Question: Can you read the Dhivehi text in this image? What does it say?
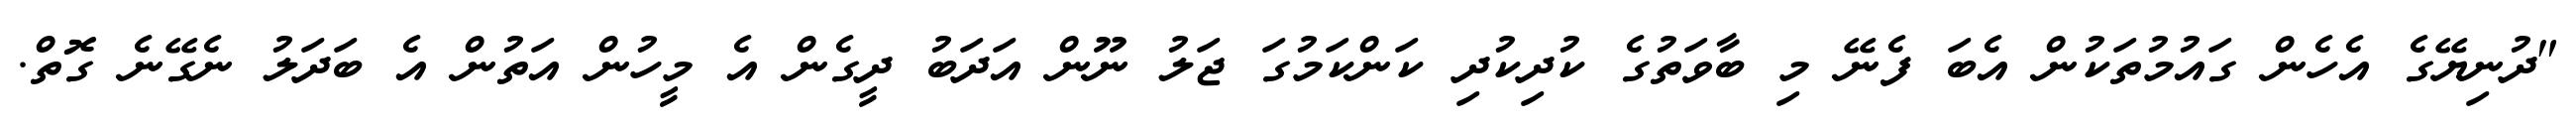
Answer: "ދުނިޔޭގެ އެހެން ގައުމުތަކުން އެބަ ފެނޭ މި ބާވަތުގެ ކުދިކުދި ކަންކަމުގަ ޖަލު ނޫން އަދަބު ދީގެން އެ މީހުން އަތުން އެ ބަދަލު ނެގޭނެ ގޮތް.